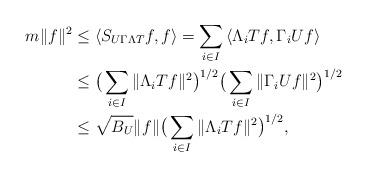
LaTeX: \begin{align*}m\|f\|^2&\le\left\langle S_{U\Gamma\Lambda T}f,f\right\rangle=\sum_{i\in I}\left\langle \Lambda_iTf,\Gamma_iUf\right\rangle \\&\le \big(\sum_{i\in I}\|\Lambda_iTf\|^2\big)^{1/2}\big(\sum_{i\in I}\|\Gamma_iUf\|^2\big)^{1/2}\\&\le \sqrt{B_U}\|f\|\big(\sum_{i\in I}\|\Lambda_iTf\|^2\big)^{1/2},\end{align*}